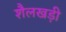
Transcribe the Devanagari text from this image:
शैलखड़ी